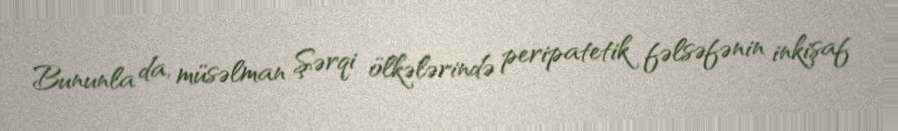
Bununla da, müsəlman Şərqi ölkələrində peripatetik fəlsəfənin inkişaf